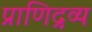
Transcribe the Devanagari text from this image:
प्राणिद्रव्य